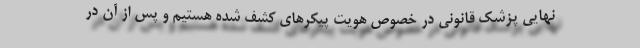
نهایی پزشک قانونی در خصوص هویت پیکرهای کشف شده هستیم و پس از آن در